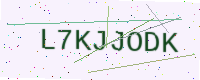
Text: L7KJJODK